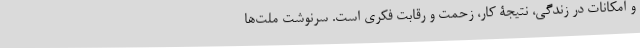
و امکانات در زندگی، نتیجۀ کار، زحمت و رقابتِ فکری است. سرنوشتِ ملت‌ها